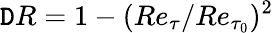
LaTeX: {\mathtt{D}R}=1-(Re_{\tau}/Re_{\tau_{0}})^{2}